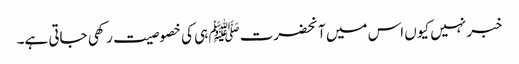
خبر نہیں کیوں اس میں آنحضرتﷺ ہی کی خصوصیت رکھی جاتی ہے۔